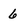
Character: 6